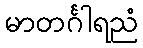
မာတင်္ဂါရညံ